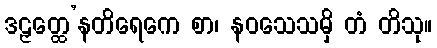
ဒဠှတ္ထေ’နတိရေကေ စာ၊ နဝသေသမှိ တံ တိသု။